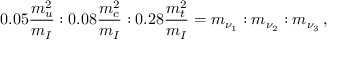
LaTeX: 0 . 0 5 { \frac { m _ { u } ^ { 2 } } { m _ { I } } } : 0 . 0 8 { \frac { m _ { c } ^ { 2 } } { m _ { I } } } : 0 . 2 8 { \frac { m _ { t } ^ { 2 } } { m _ { I } } } = m _ { \nu _ { 1 } } : m _ { \nu _ { 2 } } : m _ { \nu _ { 3 } } \, ,